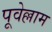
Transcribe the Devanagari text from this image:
पूवेल्लाम